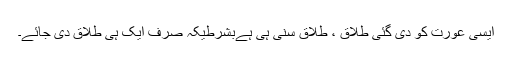
ایسی عورت کو دی گئی طلاق ، طلاق سنی ہی ہےبشرطیکہ صرف ایک ہی طلاق دی جائے۔